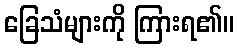
ခြေသံများကို ကြားရ၏။